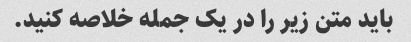
باید متن زیر را در یک جمله خلاصه کنید.